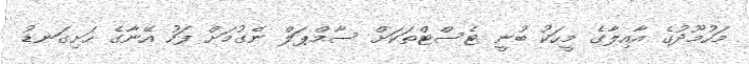
މަހުމޫދުގެ އާއިލާގެ މީހަކު ބުނީ ޓެސްޓްތަކަށް ސާމްޕަލް ނެގުމަށް ފަހު އޭނާގެ ހަށިގަނޑު